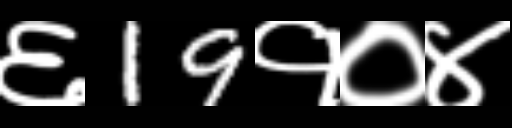
Text: ६19१०४